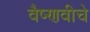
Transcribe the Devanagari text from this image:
वैष्णवीचे